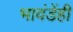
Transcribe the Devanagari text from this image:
भावंडेंही